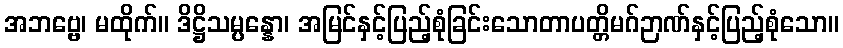
အဘဗ္ဗေ၊ မထိုက်။ ဒိဋ္ဌိသမ္ပန္နော၊ အမြင်နှင့်ပြည့်စုံခြင်းသောတာပတ္တိမဂ်ဉာဏ်နှင့်ပြည့်စုံသော။